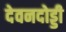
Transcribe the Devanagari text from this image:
देवनदोड्डी